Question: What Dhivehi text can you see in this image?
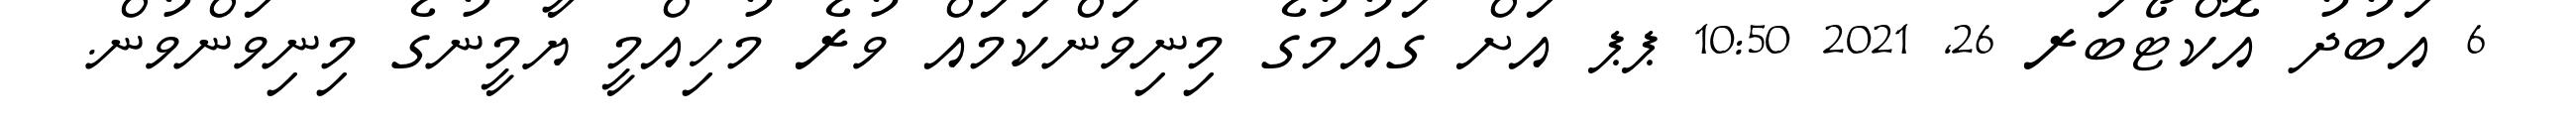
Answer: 6 އަބުދު އޮކްޓޯބަރ 26, 2021 10:50 ޕޕ އަށް ގައުމުގެ މިނިވަންކަމައް ވުރެ މުހިއްމީ ޔާމީނުގެ މިނިވަންވުން.